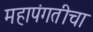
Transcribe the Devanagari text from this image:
महापंगतीचा